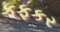
કફકર